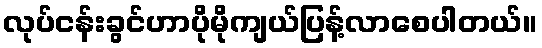
လုပ်ငန်းခွင်ဟာပိုမိုကျယ်ပြန့်လာစေပါတယ်။